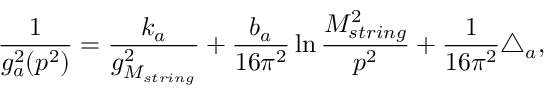
\frac { 1 } { g _ { a } ^ { 2 } ( p ^ { 2 } ) } = \frac { k _ { a } } { g _ { M _ { s t r i n g } } ^ { 2 } } + \frac { b _ { a } } { 1 6 \pi ^ { 2 } } \ln \frac { M _ { s t r i n g } ^ { 2 } } { p ^ { 2 } } + \frac { 1 } { 1 6 \pi ^ { 2 } } \triangle _ { a } ,